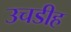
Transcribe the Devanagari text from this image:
उचडीह